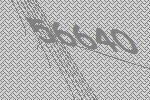
56640